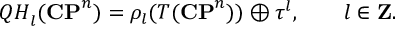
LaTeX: { \cal Q H } _ { l } ( { \bf C P } ^ { n } ) = \rho _ { l } ( T ( { \bf C P } ^ { n } ) ) \oplus \tau ^ { l } , \qquad l \in { \bf Z } .